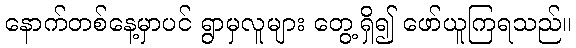
နောက်တစ်နေ့မှာပင် ရွာမှလူများ တွေ့ရှိ၍ ဖော်ယူကြရသည်။